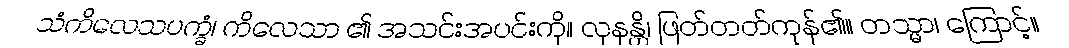
သံကိလေသပက္ခံ၊ ကိလေသာ ၏ အသင်းအပင်းကို။ လုနန္တိ၊ ဖြတ်တတ်ကုန်၏။ တသ္မာ၊ ကြောင့်။